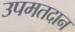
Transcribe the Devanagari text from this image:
उपमतदान